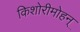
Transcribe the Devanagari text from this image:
किशोरीमोहन्